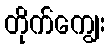
တိုက်ကျွေး